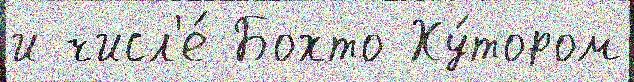
и числ'е́ Бохто Ху́тором